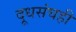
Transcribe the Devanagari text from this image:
दूधसंघही